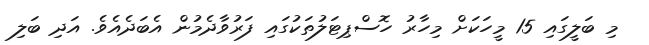
މި ބަލީގައި 15 މީހަކަށް މިހާރު ހޮސްޕިޓަލުތަކުގައި ފަރުވާދެމުން އެބަދެއެވެ. އަދި ބަލި